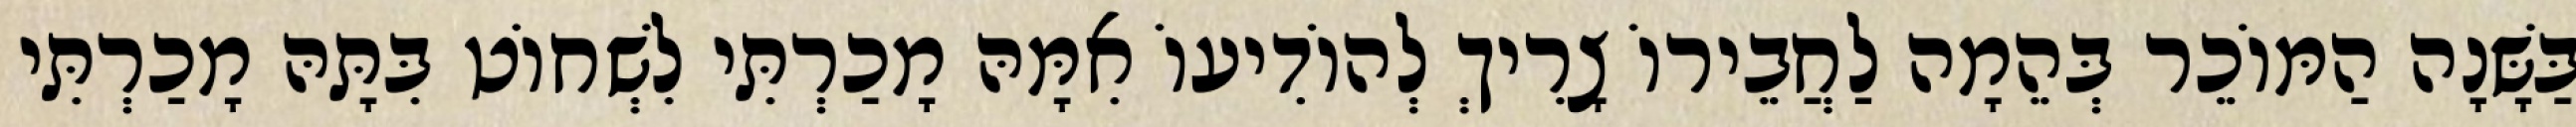
בַּשָּׁנָה הַמּוֹכֵר בְּהֵמָה לַחֲבֵירוֹ צָרִיךְ לְהוֹדִיעוֹ אִמָּהּ מָכַרְתִּי לִשְׁחוֹט בִּתָּהּ מָכַרְתִּי